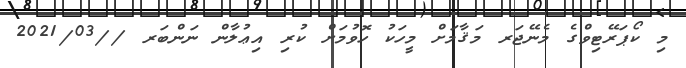
މި ކޯޕަރޭޓިވްގެ މެނޭޖަރ މަޤާމަށް މީހަކު ހޮވުމަށް ކުރި އިޢުލާން ނަންބަރ //2021/03